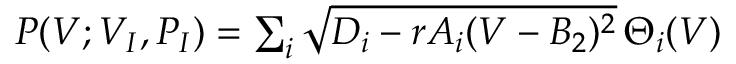
\begin{array} { r } { P ( V ; V _ { I } , P _ { I } ) = \sum _ { i } \sqrt { D _ { i } - r A _ { i } ( V - B _ { 2 } ) ^ { 2 } } \, \Theta _ { i } ( V ) } \end{array}